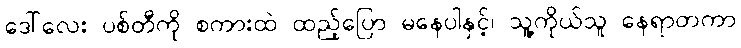
ဒေါ်လေး ပစ်တီကို စကားထဲ ထည့်ပြော မနေပါနှင့်၊ သူ့ကိုယ်သူ နေရာတကာ